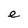
Character: e